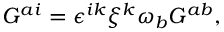
G ^ { a i } = \epsilon ^ { i k } \xi ^ { k } \omega _ { b } G ^ { a b } ,